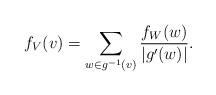
LaTeX: \begin{align*}f_V(v) = \sum_{w\in g^{-1}(v)} \frac{f_W(w)}{|g'(w)|}.\end{align*}